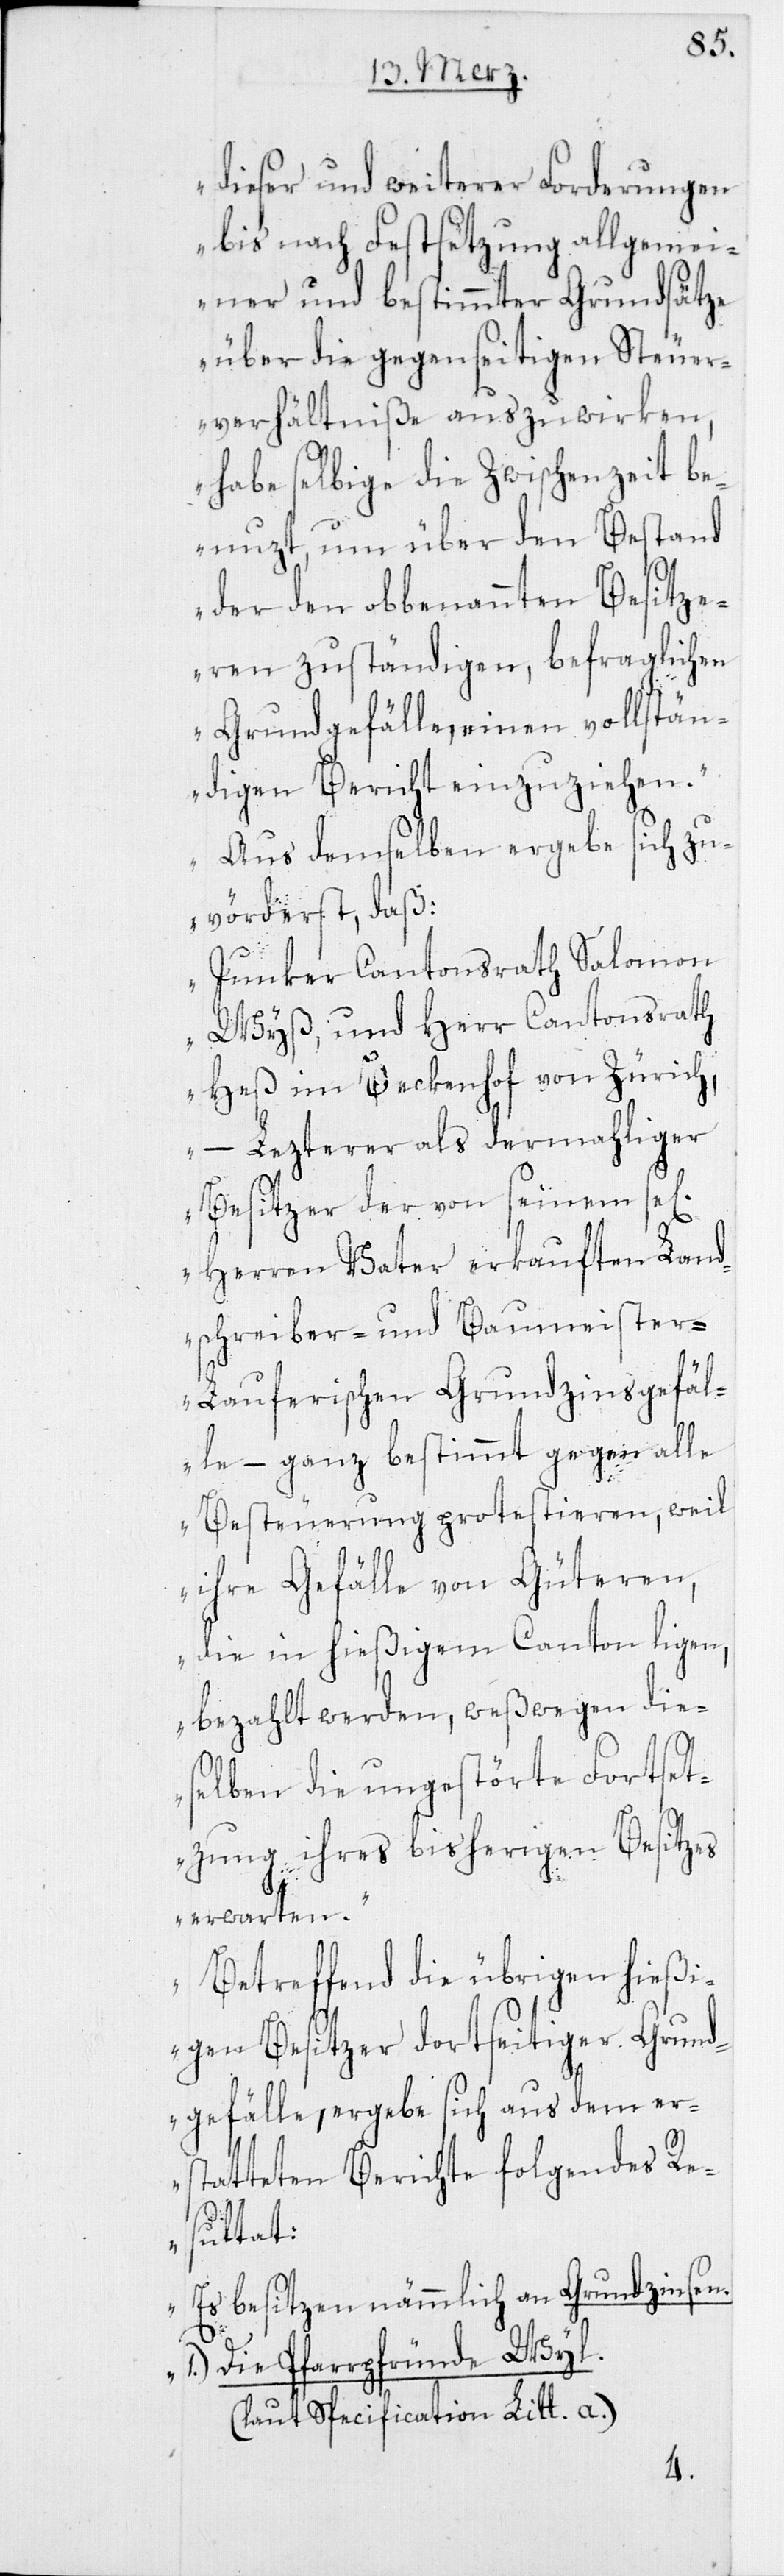
dieser und weiterer Forderungen
bis nach Festsetzung allgemei¬
ner und bestimmter Grundsätze
über die gegenseitigen Steuer¬
verhältniße auszuwirken,
habe selbige die Zwischenzeit be¬
nuzt, um über den Bestand
der den obbenannten Besitze¬
ren zuständigen, befraglichen
Grundgefälle, einen vollstän¬
digen Bericht einzuziehen.
Aus demselben ergebe sich zu¬
vörderst, daß:
Junker Cantonsrath Salomon
Wyß, und Herr Cantonsrath
Heß im Beckenhof von Zürich,
– Lezterer als dermahliger
Besitzer der von seinem se[l¬
Herren Vater erkauften Land¬
schreiber- und Baumeiste¬
r-Lauferischen Grundzinsgefäl¬
le – ganz bestimmt gegen alle
Besteuerung protestieren, weil
ihre Gefälle von Güteren,
die in hießigem Canton ligen,
bezahlt werden, weßwegen die¬
selben die ungestörte Fortset¬
zung ihres bisherigen Besitzes
erwarten.
Betreffend die übrigen hießi¬
gen Besitzer dortseitiger Grund¬
gefälle, ergebe sich aus dem er¬
statteten Berichte folgendes Re¬
sultat:
Es besitzen nämmlich an Grundzinsen.
1. Die Pfarrpfründe Wyl
igen]
(laut Specification Litt. a.)